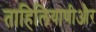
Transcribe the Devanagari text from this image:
ताहिलियाणीऔर